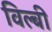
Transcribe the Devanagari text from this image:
विल्बी